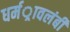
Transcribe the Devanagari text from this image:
धर्मर्ावलंबी